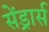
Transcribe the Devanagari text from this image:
सेंड्रार्स